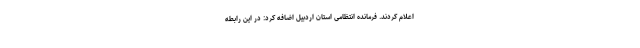
اعلام کردند. فرمانده انتظامی استان اردبیل اضافه کرد: در این رابطه